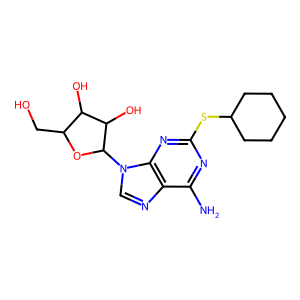
SMILES: Nc1nc(SC2CCCCC2)nc2c1ncn2C1OC(CO)C(O)C1O
Inhibits HIV replication: No